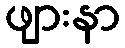
ဖျားနာ